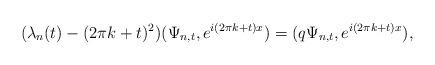
LaTeX: \begin{align*}(\lambda_{n}(t)-(2\pi k+t)^{2})(\Psi_{n,t},e^{i(2\pi k+t)x})=(q\Psi_{n,t},e^{i(2\pi k+t)x}),\end{align*}